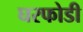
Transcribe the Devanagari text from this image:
घरफोडी